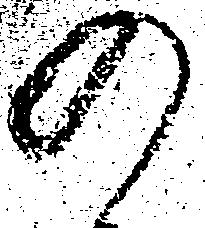
の